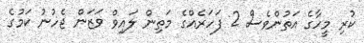
ކުރި މީހާގެ އަތުންވެސް 2 ފަހަރެއްގެ މަތިން ލައިވް ވަޒަން ޖެހުނު ކަމުގެ